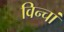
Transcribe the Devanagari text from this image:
विन्चां